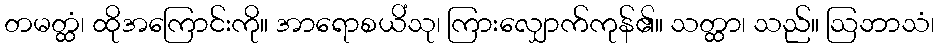
တမတ္ထံ၊ ထိုအကြောင်းကို။ အာရောစယိံသု၊ ကြားလျှောက်ကုန်၏။ သတ္ထာ၊ သည်။ ဩဘာသံ၊